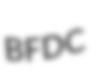
BFDC